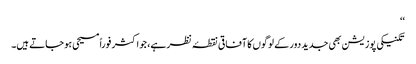
‘‘
تکنیکی پوزیشن بھی جدید دور کے لوگوں کا آفاقی نقطۂ نظر ہے، جو اکثر فوراً مسیحی ہو جاتے ہیں۔